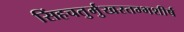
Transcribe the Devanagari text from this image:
सिंहचतुर्मुखस्तम्भशीर्ष